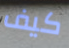
كيف